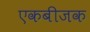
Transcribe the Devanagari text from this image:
एकबीजक